38_143685_box7_Incident_Summaries_1-100
Agency: Department of War
Page 149
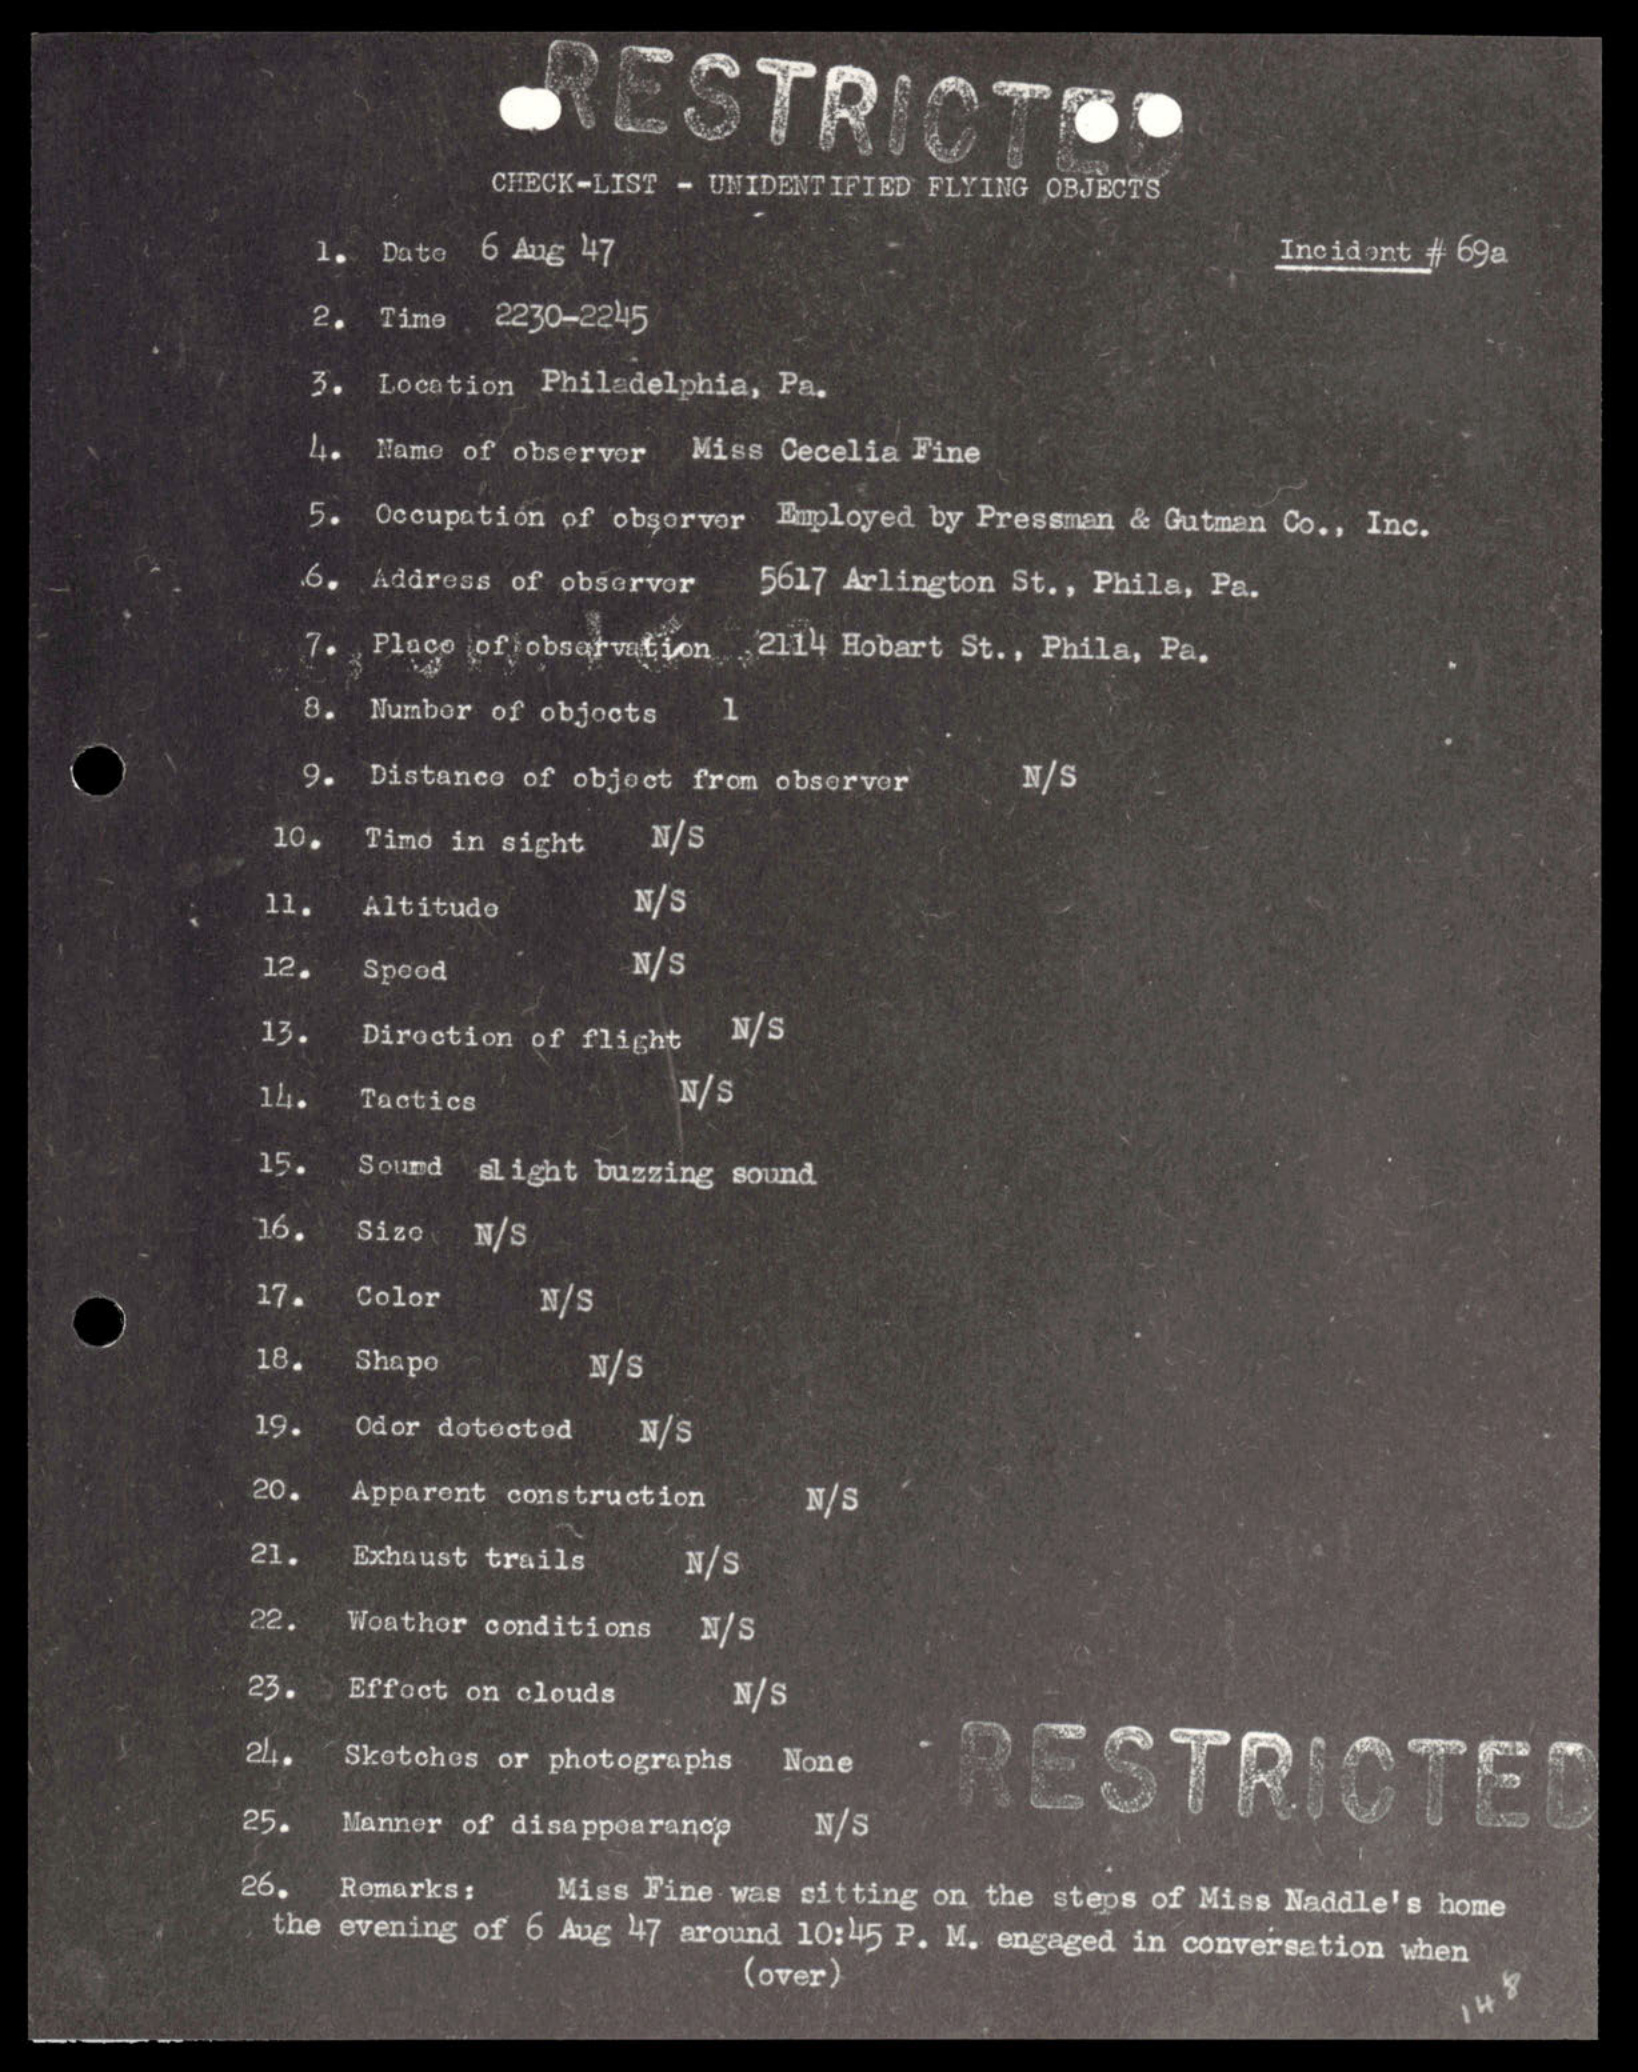